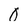
Character: 0